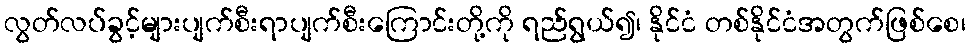
လွတ်လပ်ခွင့်များပျက်စီးရာပျက်စီးကြောင်းတို့ကို ရည်ရွယ်၍၊ နိုင်ငံ တစ်နိုင်ငံအတွက်ဖြစ်စေ၊